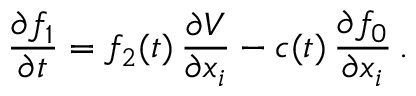
\frac { \partial f _ { 1 } } { \partial t } = f _ { 2 } ( t ) \, \frac { \partial V } { \partial x _ { i } } - c ( t ) \, \frac { \partial f _ { 0 } } { \partial x _ { i } } \, .